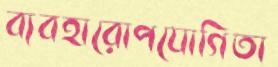
ব্যবহারোপযোগিতা